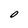
Character: O